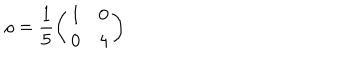
LaTeX: \rho = \frac { 1 } { 5 } \left( \begin{array} { c c } { { 1 } } & { { 0 } } \\ { { 0 } } & { { 4 } } \\ \end{array} \right)